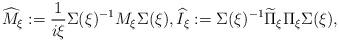
LaTeX: \begin{align*}\widehat{M}_{\xi}:=\frac{1}{i\xi}\Sigma(\xi)^{-1}M_\xi\Sigma(\xi),\widehat{I}_\xi:=\Sigma(\xi)^{-1}\widetilde\Pi_\xi\Pi_\xi\Sigma(\xi),\end{align*}